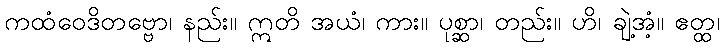
ကထံဝေဒိတဗ္ဗော၊ နည်း။ ဣတိ အယံ၊ ကား။ ပုစ္ဆာ၊ တည်း။ ဟိ၊ ချဲ့အံ့။ ဧတ္ထ၊